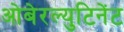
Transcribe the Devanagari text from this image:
ओबेरल्युटिनेंट